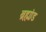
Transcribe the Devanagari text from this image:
ब्रह्म़ा़ंड